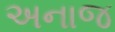
અનાજ